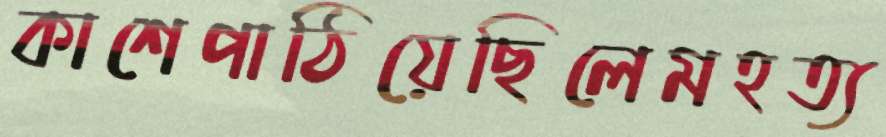
কাশেপাঠিয়েছিলেমহত্য